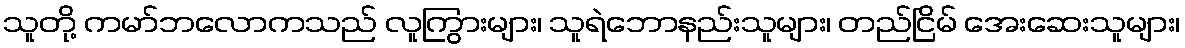
သူတို့ ကမာ်ဘလောကသည် လူကြွားများ၊ သူရဲဘောနည်းသူများ၊ တည်ငြိမ် အေးဆေးသူများ၊